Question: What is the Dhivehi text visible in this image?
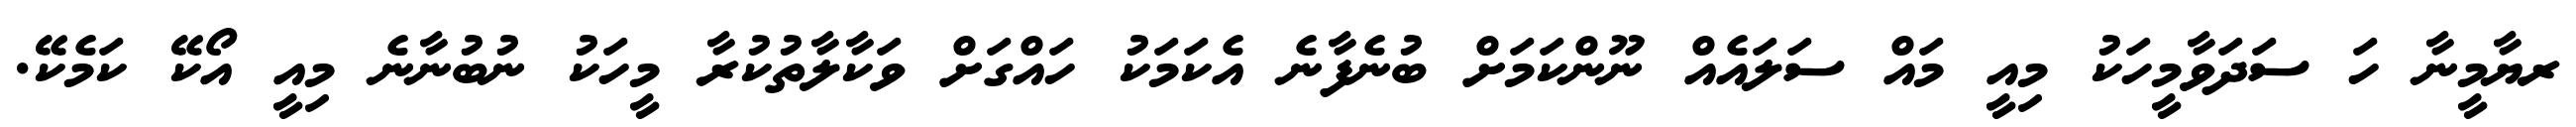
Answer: ރޔާމީނާ ހަ ސަދަވާމީހަކު މިއީ މައް ސަލައެއް ނޫންކަމަށް ބުނެފާނެ އެކަމަކު ހައްގަށް ވަކާލާތުކުރާ މީހަކު ނުބުނާނެ މިއީ އޯކޭ ކަމެކޭ.